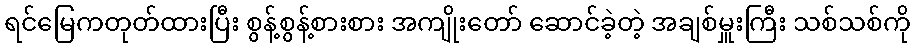
ရင်မြေကတုတ်ထားပြီး စွန့်စွန့်စားစား အကျိုးတော် ဆောင်ခဲ့တဲ့ အချစ်မှူးကြီး သစ်သစ်ကို